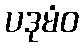
ပဒုမံဝ